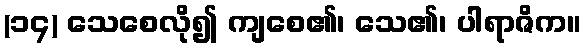
(၁၄) သေစေလို၍ ကျစေ၏၊ သေ၏၊ ပါရာဇိက။